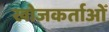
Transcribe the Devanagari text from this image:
खोजकर्ताओँ